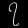
Digit: ၇